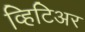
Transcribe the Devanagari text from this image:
व्हिटिअर